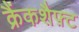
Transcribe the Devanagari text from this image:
क्रैंकशैफ़्ट